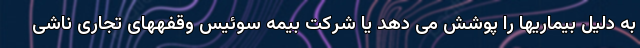
به دلیل بیماریها را پوشش می دهد یا شرکت بیمه سوئیس وقفههای تجاری ناشی